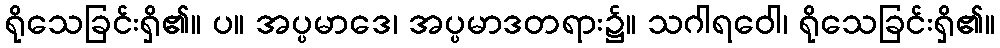
ရိုသေခြင်းရှိ၏။ ပ။ အပ္ပမာဒေ၊ အပ္ပမာဒတရား၌။ သဂါရဝေါ၊ ရိုသေခြင်းရှိ၏။